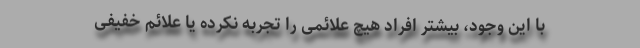
با این وجود، بیشتر افراد هیچ علائمی را تجربه نکرده یا علائم خفیفی